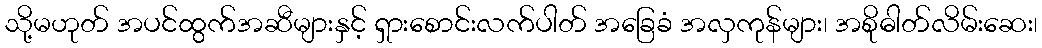
သို့မဟုတ် အပင်ထွက်အဆီများနှင့် ရှားစောင်းလက်ပါတ် အခြေခံ အလှကုန်များ၊ အစိုဓါတ်လိမ်းဆေး၊